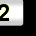
Digit: 2